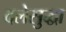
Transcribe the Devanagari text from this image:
दलेसुद्धा